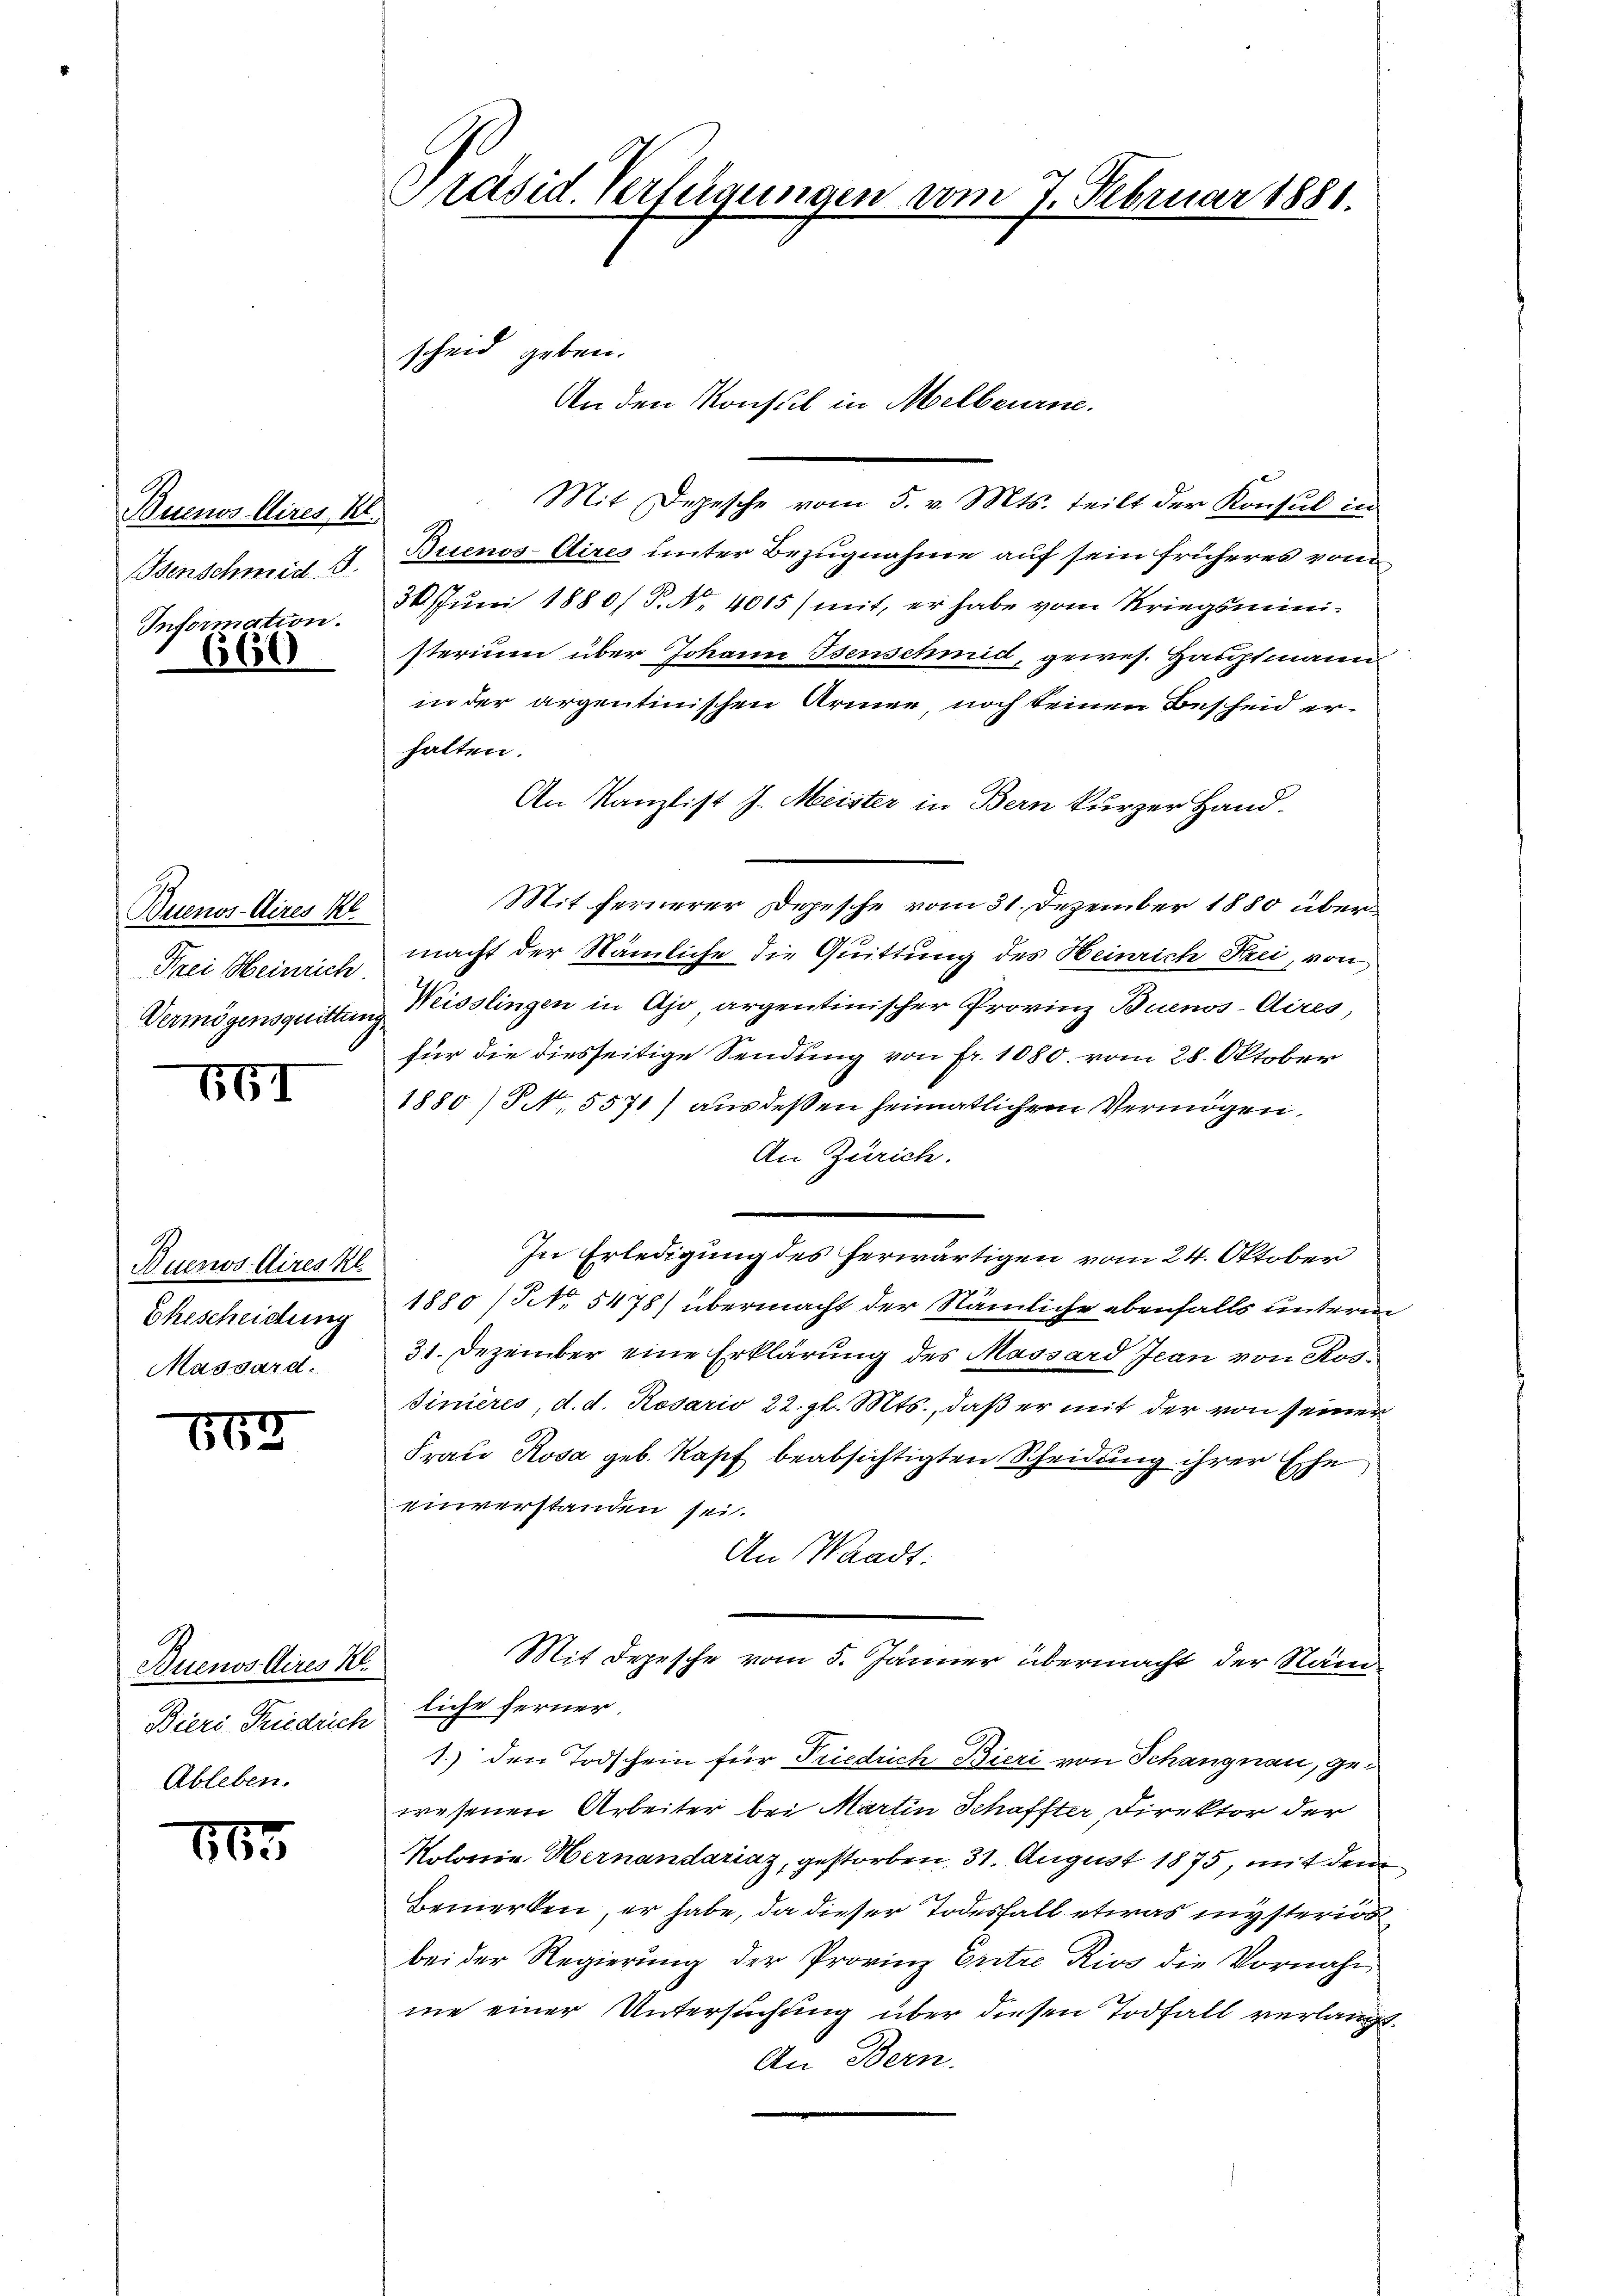
Buenos Aires Kt.
Benschmid S.
Information.
660

Buenos-Aires Kl
Frei Heinrich
Vermögensquittung

661

Buenos Aires kl
Ehescheidung
Massard.

565

Buenos Aires K.
Biers Friedrich liche ferner,
Ableben.

165

Präsid. Verfügungen vom 7. Februar 1881

scheid geben.

An den Konsul in Melbeurne.
Mit Depesche vom 5. v. Mts. teilt der Konsul in
Bisenos-Aires unter Bezugnahme auf sein früheres vom
30. Juni 1880/ P. Nr. 4015) mit, er habe vom Kriegsministerium über Johann Isenschmid, gewes. Hauptmann
in der argentinischen Armen, noch keinen Bescheid erhalten.
An Kanzlist J. Meister in Bern kurzer Hand.
Mit fernerer Depesche vom 31. Dezember 1880 übermacht der Nämliche die Quittung des Heinrich Frei, von
Weisslingen in Ajo argentinischer Provinz Buenos-Aires,
für die diesseitige Sendung von fr. 1080. vom 28. Oktober
1880) S. 5571) aus deßen heimatlichem Vermögen.
An Zürich.
In Erledigung des herwärtigen vom 24. Oktober
1880 / NNo. 5478) übermacht der Nämliche ebenfalls unterm
31. Dezember eine Erklärung des Massard Jean von Rossinieres, d. d. Rosario 22. gl. Mts., daß er mit der von seiner
Frau Rosa geb. Kapf beabsichtigten Scheidung ihrer Ehe
einverstanden sei.
An Waadt:
Mit Depesche vom 5. Jänner übermacht der Näm¬
1.) den Todschein für Friedrich Bieri von Schangnau, gewesenen Arbeiter bei Martin Schaffter, Direktor der
Kolonie Hernanderiaz, gestorben, 31. August 1875, mit dem
Bemerken, er habe, da dieser Todesfall etwas mysterior
bei der Regierung der Provinz Entre Rivo die Vornahm
me einer Untersuchung über diesen Todfall verlangt
An Bern.